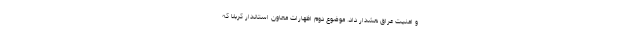
و امنیت عراق هشدار داد. موضوع دوم اظهارات معاون استاندار کربلا که